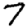
Digit: 7